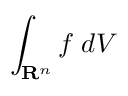
\int _ { \mathbf { R } ^ { n } } f \; d V